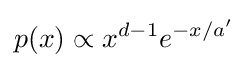
p(x)\propto x^{d-1}e^{-x/a'}